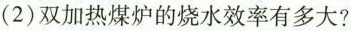
(2)双加热煤炉的烧水效率有多大?